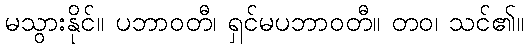
မသွားနိုင်။ ပဘာဝတီ၊ ရှင်မပဘာဝတီ။ တဝ၊ သင်၏။